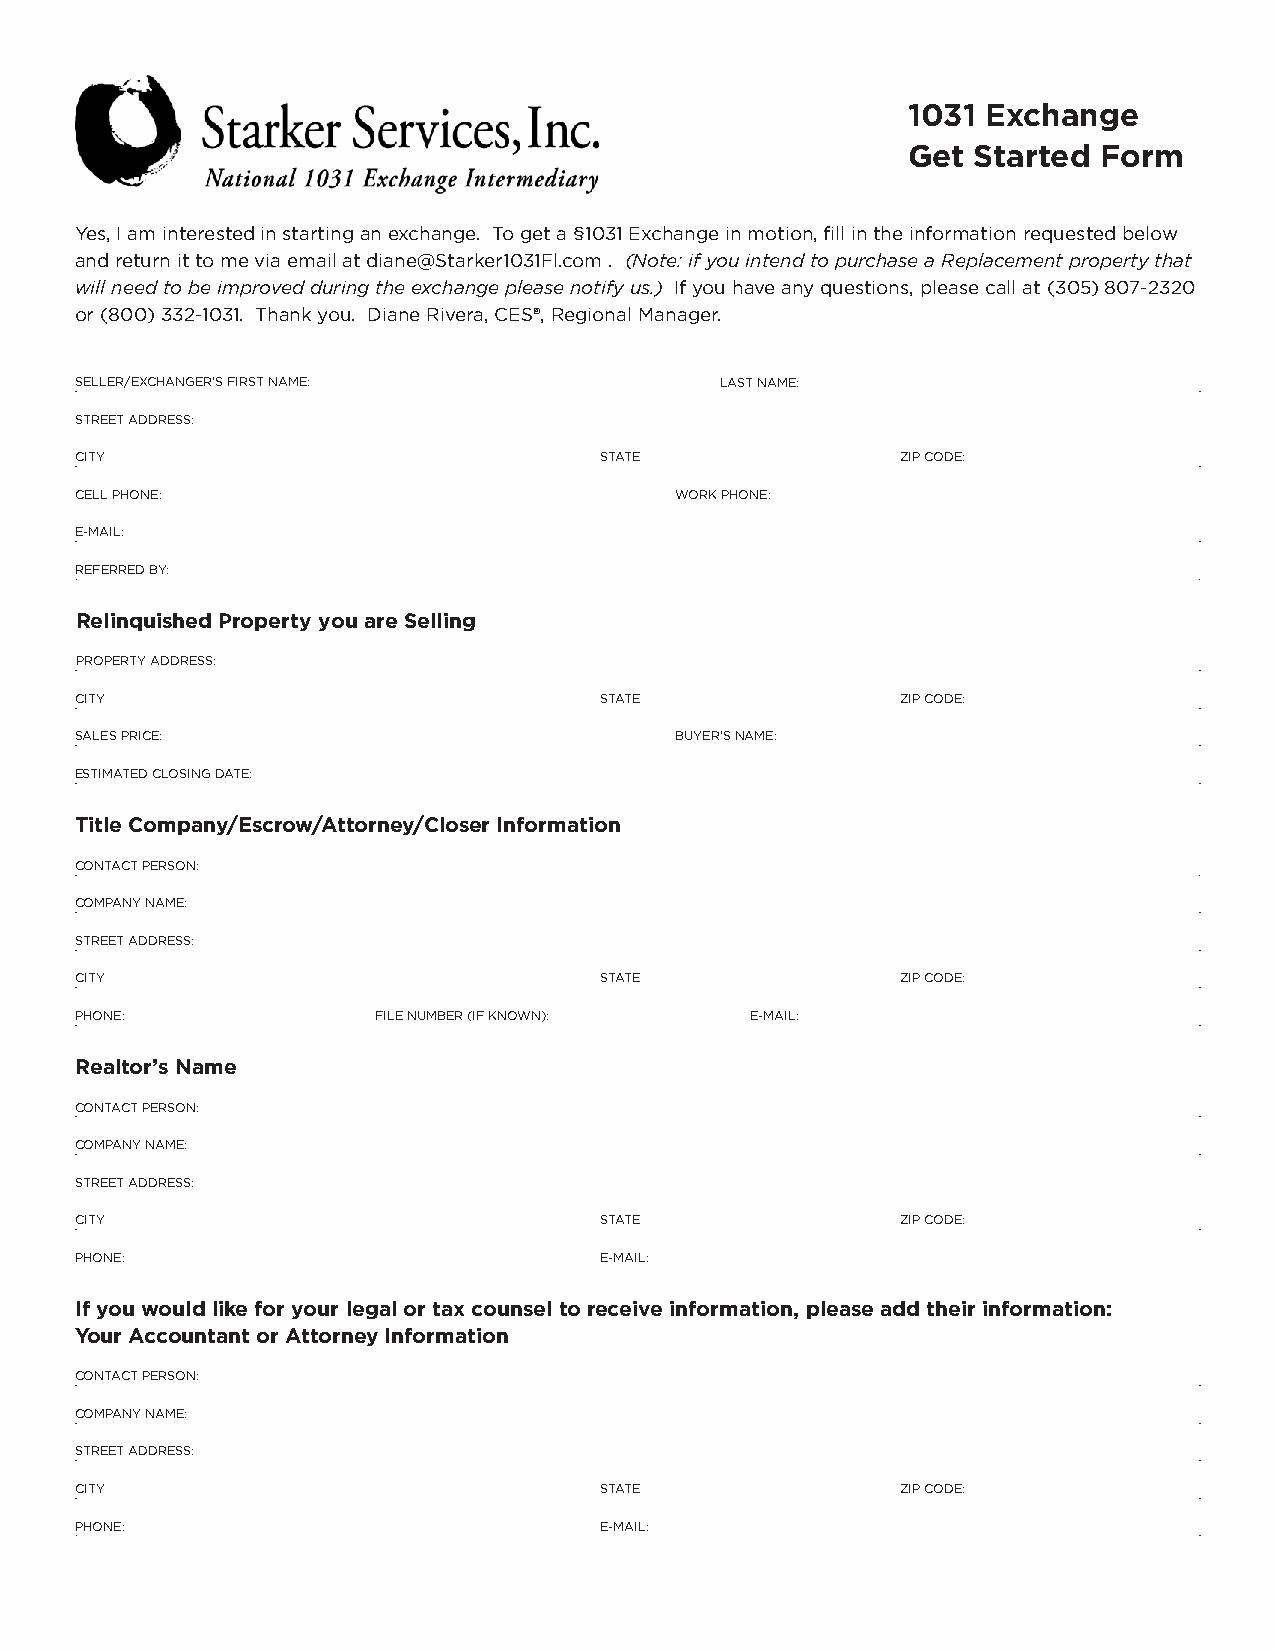
1031 Exchange
 Get Started  Form
 Yes, I am interested in starting an exchange. To get a §1031 Exchange in motion, fill in the information requested below
 and return it to me via email at diane@Starker1031Fl.com . (Note: if you intend to purchase a Replacement property that
 will need to be improved during the exchange please notify us.) If you have any questions, please call at (305) 807-2320
 or (800) 332-1031. Thank you. Diane Rivera, CES®, Regional Manager.
 SELLER/EXCHANGER’S FIRST NAME:             LAST NAME:
 STREET ADDRESS:
 CITY                               STATE               ZIP CODE:
 CELL PHONE:                             WORK PHONE:
 E-MAIL:
 REFERRED BY:
 Relinquished Property you are Selling
 PROPERTY ADDRESS:
 CITY                               STATE               ZIP CODE:
 SALES PRICE:                            BUYER’S NAME:
 ESTIMATED CLOSING DATE:
 Title Company/Escrow/Attorney/Closer Information
 CONTACT PERSON:
 COMPANY NAME:
 STREET ADDRESS:
 CITY                               STATE               ZIP CODE:
 PHONE:              FILE NUMBER (IF KNOWN):  E-MAIL:
 Realtor’s Name
 CONTACT PERSON:
 COMPANY NAME:
 STREET ADDRESS:
 CITY                               STATE               ZIP CODE:
 PHONE:                             E-MAIL:
 If you would like for your legal or tax counsel to receive information, please add their information:
 Your Accountant or Attorney Information
 CONTACT PERSON:
 COMPANY NAME:
 STREET ADDRESS:
 CITY                               STATE               ZIP CODE:
 PHONE:                             E-MAIL: